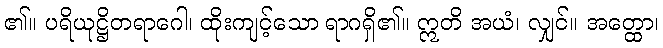
၏။ ပရိယုဋ္ဌိတရာဂေါ၊ ထိုးကျင့်သော ရာဂရှိ၏။ ဣတိ အယံ၊ လျှင်။ အတ္ထော၊